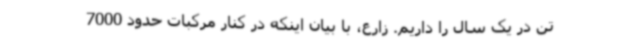
تن در یک سال را داریم. زارع، با بیان اینکه در کنار مرکبات حدود 7000